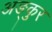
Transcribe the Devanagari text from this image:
अङ्कुर